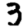
Digit: 3